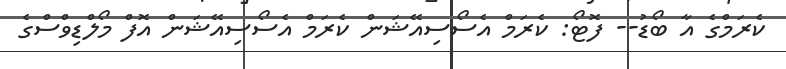
ކެރަމްގެ އާ ބޯޑު-- ފޮޓޯ: ކެރަމް އެސޯސިއޭޝަން ކެރަމް އެސޯސިއޭޝަން އޮފް މޯލްޑިވްސްގެ